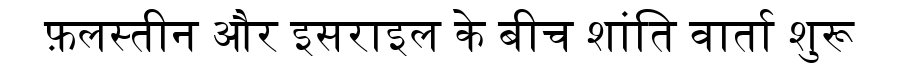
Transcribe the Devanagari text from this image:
फ़लस्तीन और इसराइल के बीच शांति वार्ता शुरू